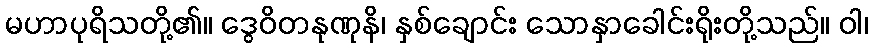
မဟာပုရိသတို့၏။ ဒွေဝိတနုဏုနိ၊ နှစ်ချောင်း သောနှာခေါင်းရိုးတို့သည်။ ဝါ၊